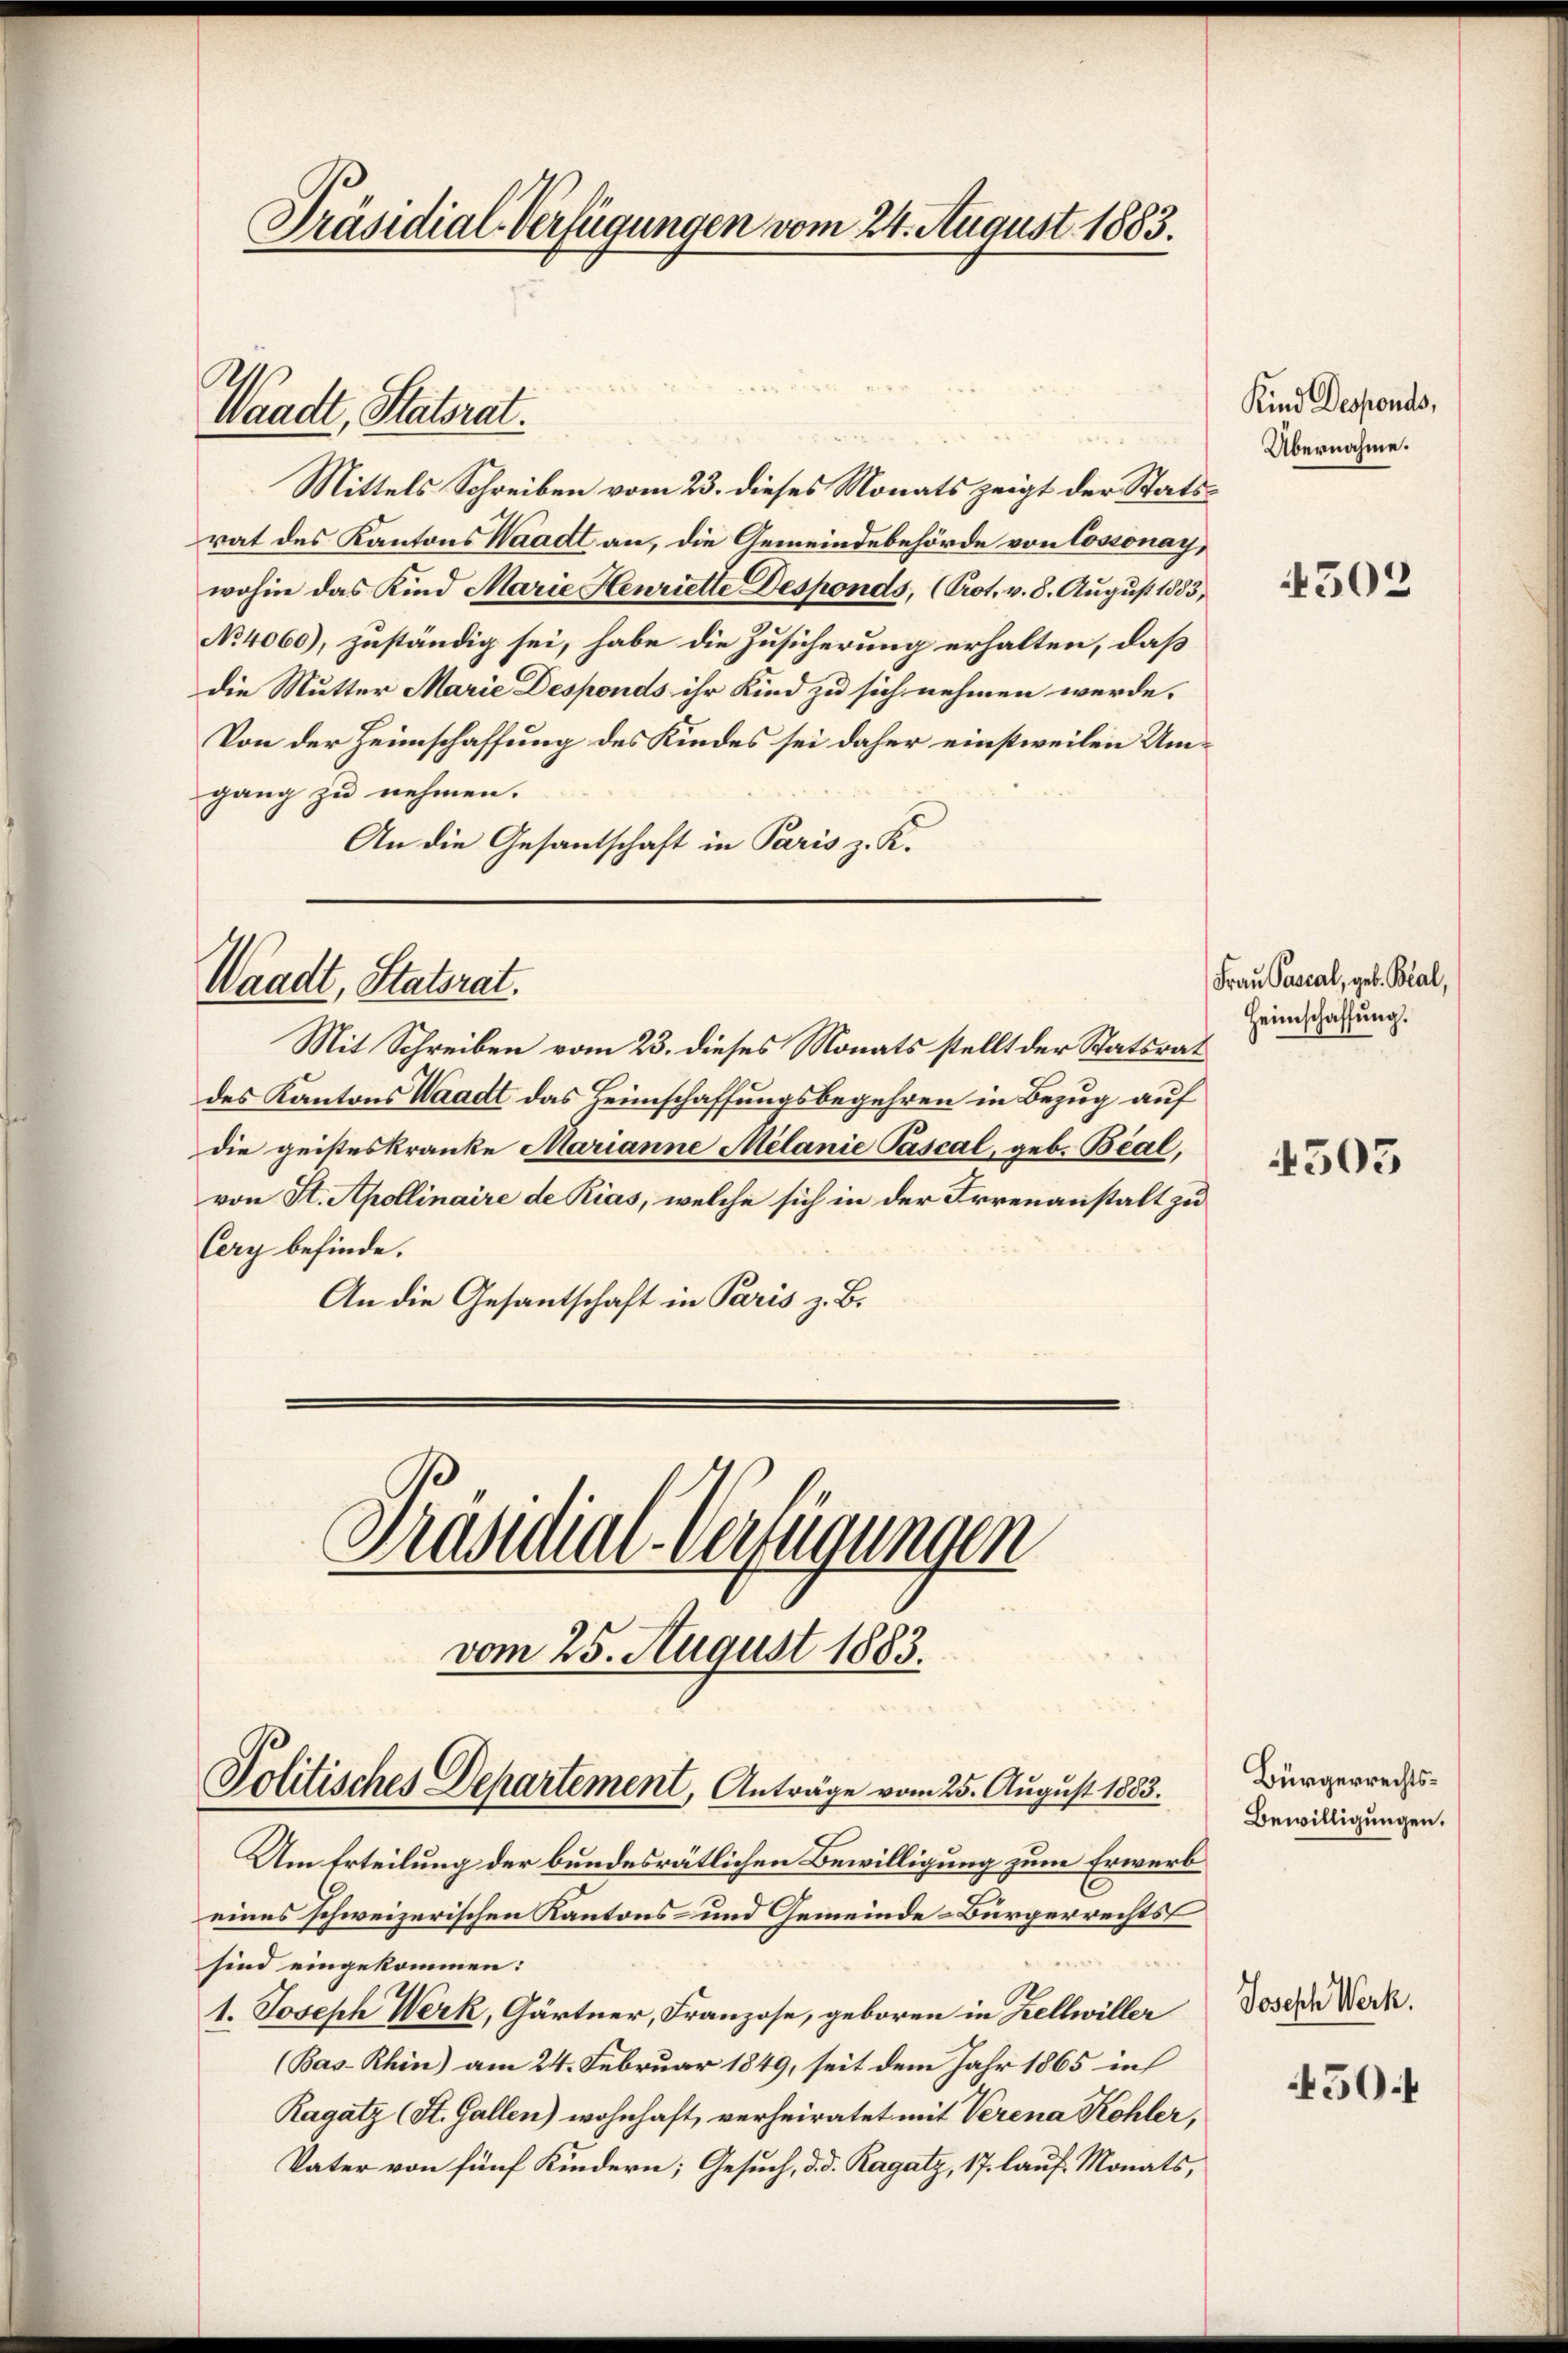
Präsidial-Verfügungen vom 24. August 1883.

A
Waadt, Statsrat

Mittels Schreiben vom 23. dieses Monats zeigt der Statsrat des Kantons Waadt an, die Gemeindebehörde von Cossonay,
wohin das Kind Marie Henriette Desponds, (Prot. v. 8. August 1883,
No 4060), zuständig sei, habe die Zusicherung erhalten, daß
die Mutter Marie Desponds ihr Kind zu sich nehmen werde.
Von der Heimschaffung des Kindes sei daher einstweilen Umgang zu nehmen.
An die Gesantschaft in Paris z. K.

Waadt, Statsrat.

Mit Schreiben vom 23. dieses Monats stellt der Statsrat
des Kantons Waadt das Heimschaffungsbegehren in Bezug auf
die geisteskranke Marianne Melanie Pascal, geb. Beal,
von St. Apollinaire de Rias, welche sich in der Irrenanstalt zu
Cery befinde.
An die Gesantschaft in Paris z. B.
Präsidial-Verfügungen

Politisches Departement, Anträge vom 25. August 1883.

vom 25. August 1883.

Um Erteilung der bundesrätlichen Bewilligung zum Erwerb
E
eines schweizerischen Kantons- und Gemeinde-Bürgerrechts-
sind eingekommen:
1. Joseph Werk, Gärtner, Franzose, geboren in Zellwiller
(Bas-Rhin) am 24. Februar 1849, seit dem Jahr 1865 in
Ragatz (St. Gallen) wohnhaft, verheiratet mit Verena Kohler,
Vater von fünf Kindern; Gesuch, d. d. Ragatz, 17. lauf Monats,

Kind Desponds,
Übernahme.

Frau Pascal, geb. Blal,
Heimschaffung.

302

4503

Bürgerrechts¬
Bewilligungen.
Joseph Werk.

450.